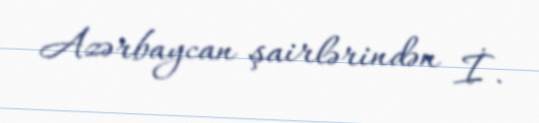
Azərbaycan şairlərindən İ.